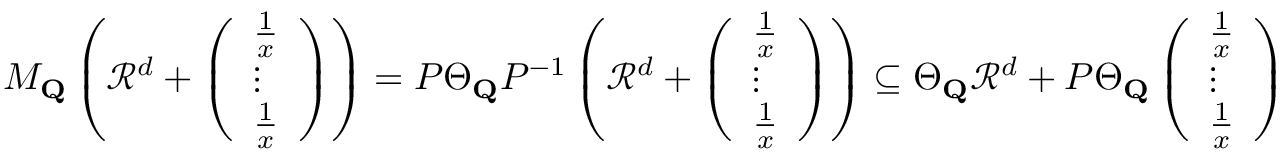
\begin{array} { r } { M _ { \mathbf { Q } } \left( \mathcal { R } ^ { d } + \left( \begin{array} { l } { \frac { 1 } { x } } \\ { \vdots } \\ { \frac { 1 } { x } } \end{array} \right) \right) = P \Theta _ { \mathbf { Q } } P ^ { - 1 } \left( \mathcal { R } ^ { d } + \left( \begin{array} { l } { \frac { 1 } { x } } \\ { \vdots } \\ { \frac { 1 } { x } } \end{array} \right) \right) \subseteq \Theta _ { \mathbf { Q } } \mathcal { R } ^ { d } + P \Theta _ { \mathbf { Q } } \left( \begin{array} { l } { \frac { 1 } { x } } \\ { \vdots } \\ { \frac { 1 } { x } } \end{array} \right) } \end{array}